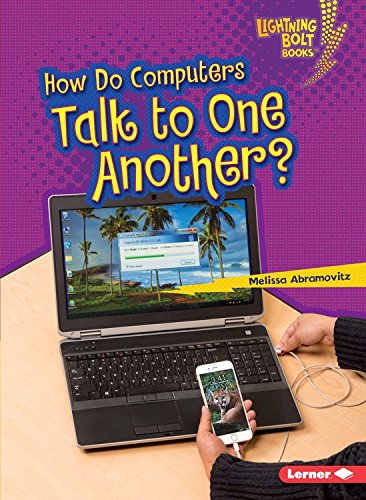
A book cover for How Do Computers Talk to One Another? (Lightning Bolt Books Our Digital World); Melissa Abramovitz; Children's Books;